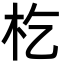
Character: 杚